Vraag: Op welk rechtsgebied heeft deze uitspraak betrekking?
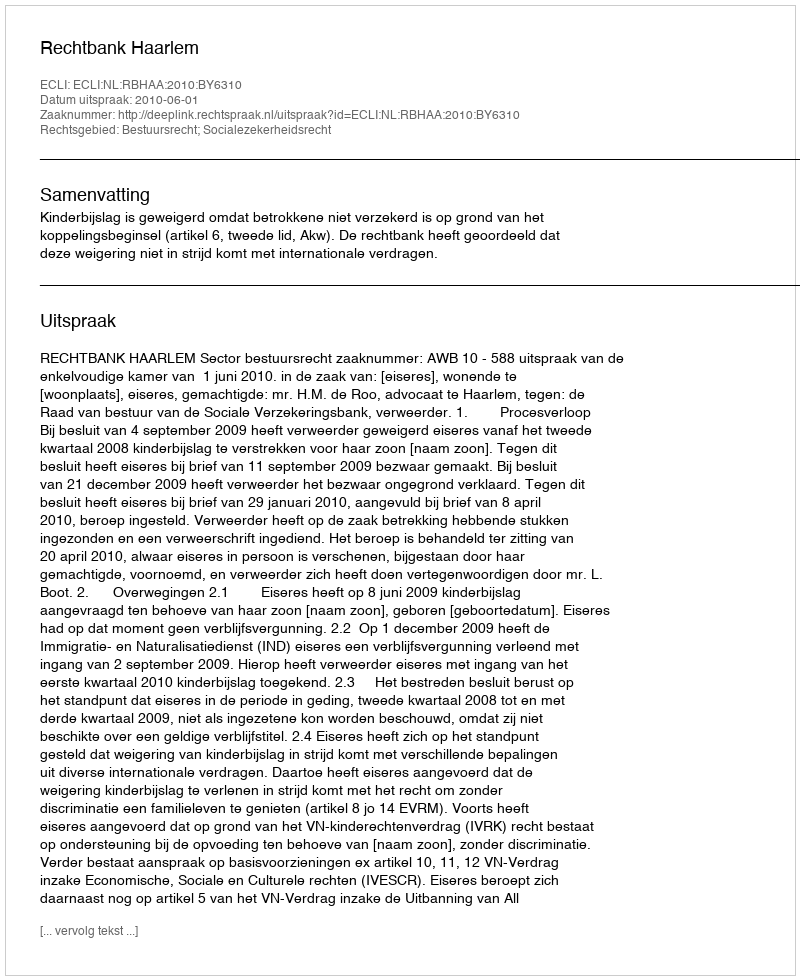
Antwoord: Bestuursrecht; Socialezekerheidsrecht